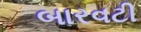
બારવટી